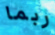
ربما